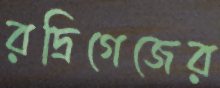
রদ্রিগেজের